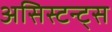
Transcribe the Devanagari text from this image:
असिस्टन्ट्स